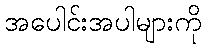
အပေါင်းအပါများကို